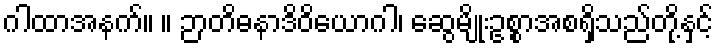
ဂါထာအနက်။ ။ ဉာတိဓနာဒိဝိယောဂါ၊ ဆွေမျိုးဥစ္စာအစရှိသည်တို့နှင့်